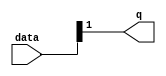
module  float_add_sub_altpriority_encoder_3v7
	( 
	data,
	q) ;
	input   [1:0]  data;
	output   [0:0]  q;
	assign
		q = {data[1]};
endmodule